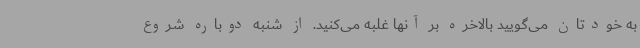
به خودتان می‌گویید بالاخره بر آنها غلبه می‌کنید. از شنبه دوباره شروع